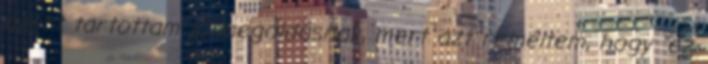
azért tartottam jó megoldásnak, mert azt re­méltem, hogy "ez